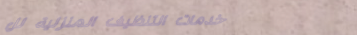
خدمات التنظيف المنزلية لل